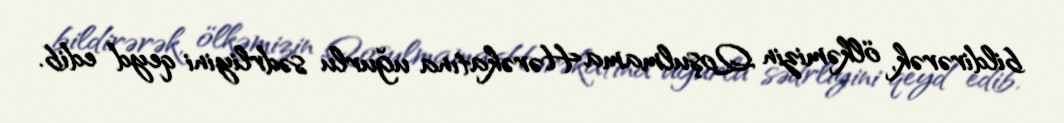
bildirərək, ölkəmizin Qoşulmama Hərəkatına uğurlu sədrliyini qeyd edib.